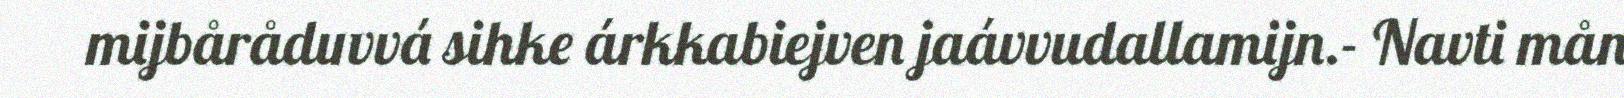
mijbåråduvvá sihke árkkabiejven jaávvudallamijn.- Navti mån